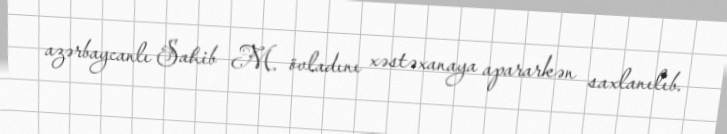
azərbaycanlı Sahib M. övladını xəstəxanaya apararkən saxlanılıb.